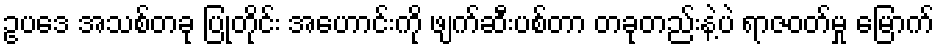
ဥပဒေ အသစ်တခု ပြုတိုင်း အဟောင်းကို ဖျက်ဆီးပစ်တာ တခုတည်းနဲ့ပဲ ရာဇဝတ်မှု မြောက်